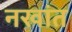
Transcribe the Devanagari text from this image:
नखांत